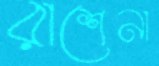
রাশেনা